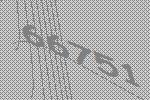
66751